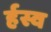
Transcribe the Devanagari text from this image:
र्हस्व